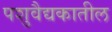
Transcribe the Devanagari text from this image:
पशुवैद्यकातील